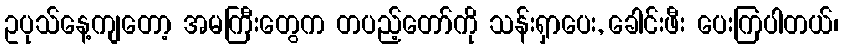
ဥပုသ်နေ့ကျတော့ အမကြီးတွေက တပည့်တော်ကို သန်းရှာပေး, ခေါင်းဖီး ပေးကြပါတယ်၊